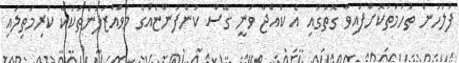
ފުލުހުން ތުހުމަތުކޮށްފައިވާ ގޮތުގައި އެ ކުއްޖާ ވަނީ ގޭސް ކުންފުންޏެއްގެ މުވައްޒަފުންތަކަކާ ކުރިމަތިލައި